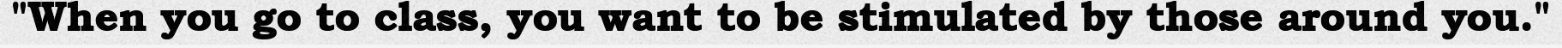
"When you go to class, you want to be stimulated by those around you."